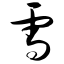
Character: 雪